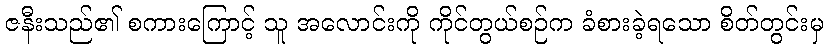
ဇနီးသည်၏ စကားကြောင့် သူ အလောင်းကို ကိုင်တွယ်စဉ်က ခံစားခဲ့ရသော စိတ်တွင်းမှ